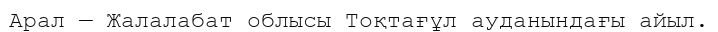
Арал — Жалалабат облысы Тоқтағұл ауданындағы айыл.